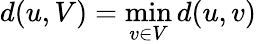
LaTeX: d(u,V)=\operatorname*{min}_{v\in V}d(u,v)